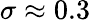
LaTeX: \sigma\approx 0.3